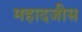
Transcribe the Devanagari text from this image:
महादजीस